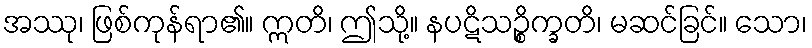
အဿု၊ ဖြစ်ကုန်ရာ၏။ ဣတိ၊ ဤသို့။ နပဋိသဉ္စိက္ခတိ၊ မဆင်ခြင်။ သော၊